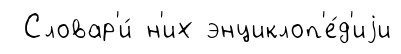
Словар'и́ н'их энциклоп'е́д'иjи